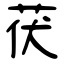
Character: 茯